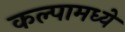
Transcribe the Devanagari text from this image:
कल्पामध्ये